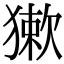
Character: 𤡃